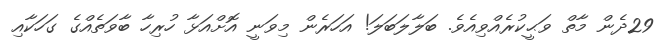
29ދެން މާތް ވަޙީކުރެއްވިއެވެ. ބަލާލަބަލަ! އަހަރެން މިވަނީ އޮށްއަޅާ ހުރިހާ ބާވަތެއްގެ ގަހަކާއި